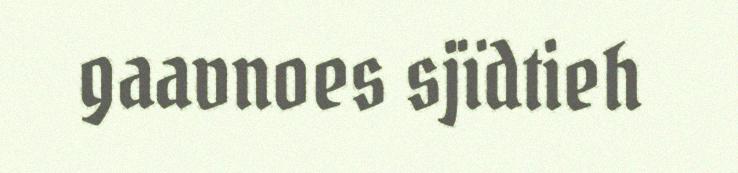
gaavnoes sjïdtieh